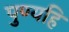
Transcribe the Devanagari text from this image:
पुण्यहि